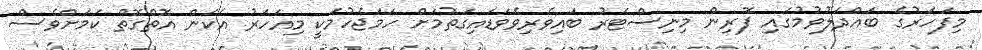
މިފަހަރުގެ ބައްދަލުވުމުގައި ފޮރިން މިނިސްޓަރު ބައިވެރިވެވަޑައިގަތުމަށް ހަމަޖެހުމަކީ މިއަހަރު އެކަން އޮތްގޮތް ކަމަށްވެސް